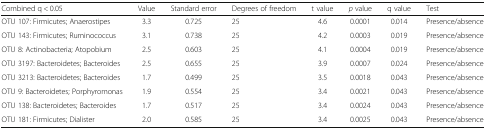
| Combined q < 0.05 | Value | Standard error | Degrees of freedom | t value | p value | q value | Test |
 | --- | --- | --- | --- | --- | --- | --- | --- |
 | OTU 107: Firmicutes; Anaerostipes | 3.3 | 0.725 | 25 | 4.6 | 0.0001 | 0.014 | Presence/absence |
 | OTU 143: Firmicutes; Ruminococcus | 3.1 | 0.738 | 25 | 4.2 | 0.0003 | 0.019 | Presence/absence |
 | OTU 8: Actinobacteria; Atopobium | 2.5 | 0.603 | 25 | 4.1 | 0.0004 | 0.019 | Presence/absence |
 | OTU 3197: Bacteroidetes; Bacteroides | 2.5 | 0.655 | 25 | 3.9 | 0.0007 | 0.024 | Presence/absence |
 | OTU 3213: Bacteroidetes; Bacteroides | 1.7 | 0.499 | 25 | 3.5 | 0.0018 | 0.043 | Presence/absence |
 | OTU 9: Bacteroidetes; Porphyromonas | 1.9 | 0.554 | 25 | 3.4 | 0.0021 | 0.043 | Presence/absence |
 | OTU 138: Bacteroidetes; Bacteroides | 1.7 | 0.517 | 25 | 3.4 | 0.0024 | 0.043 | Presence/absence |
 | OTU 181: Firmicutes; Dialister | 2.0 | 0.585 | 25 | 3.4 | 0.0025 | 0.043 | Presence/absence |